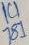
Text: ICI781